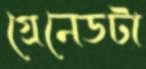
গ্রেনেডটা